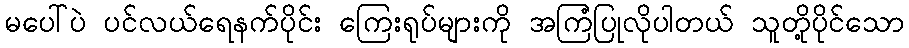
မပေါ်ပဲ ပင်လယ်ရေနက်ပိုင်း ကြေးရုပ်များကို အကြံပြုလိုပါတယ် သူတို့ပိုင်သော